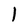
Character: 1